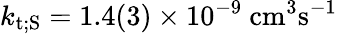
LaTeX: k_{\mathrm{t;S}}=1.4(3)\times 10^{-9}~\mathrm{cm^{3}s^{-1}}